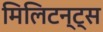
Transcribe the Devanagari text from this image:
मिलिटन्ट्स